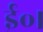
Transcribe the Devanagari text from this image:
ई॰।